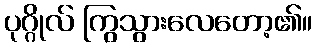
ပုဂ္ဂိုလ် ကြွသွားလေတော့၏။